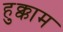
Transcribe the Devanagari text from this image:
हुक्काम